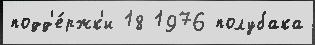
подд'е́ржк'и 18 1976 полубака